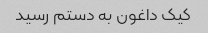
کیک داغون به دستم رسید